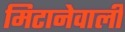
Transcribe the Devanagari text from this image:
मिटानेवाली